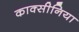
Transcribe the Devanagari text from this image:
काक्सीनिया